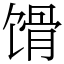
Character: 馉